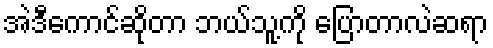
အဲဒီကောင်ဆိုတာ ဘယ်သူ့ကို ပြောတာလဲဆရာ